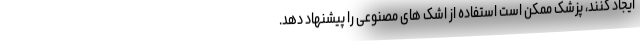
ایجاد کنند، پزشک ممکن است استفاده از اشک های مصنوعی را پیشنهاد دهد.